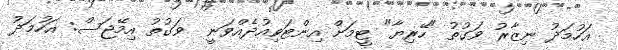
އަހުމަދު ނިޒާރު ވަގުތު "ހޭރިޔާ" ޓީމަށް އިންޓަވިއުދެއްވަނީ  ވަގުތު އިމޭޖަސް: އަހުމަދު